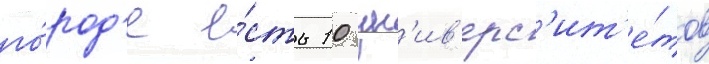
го́род'е е́сть 10 ун'ив'ерс'ит'е́тов